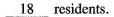
\underline{18} residents.